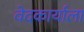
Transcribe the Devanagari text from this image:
वेदकार्याला